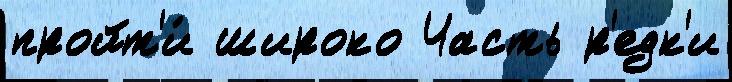
пройт'и́ широко Часть р'едк'и